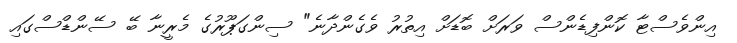
އިންވެސްޓާ ކޮންފިޑެންސް ވަރަށް ބޮޑަށް އިތުރު ވެގެންދާނެ" ސިންގަޕޫރުގެ މެރީނާ ބޭ ސޭންޑްސްގައި